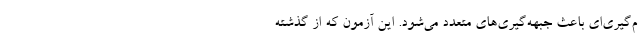
م‌گیری‌ای باعث جبهه‌گیری‌های متعدد می‌شود. این آزمون که از گذشته